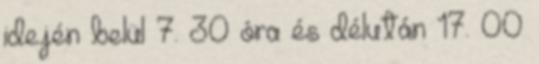
idején belül 7. 30 óra és délután 17. 00